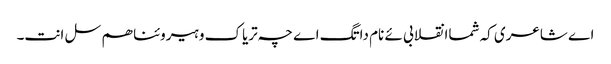
اے شاعری کہ شماانقلابی ئے نام داتگ اے چہ تریاک و ہیروئنا ھم سل انت۔